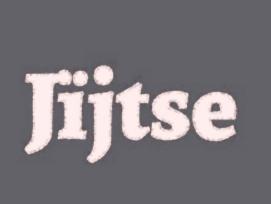
Jïjtse